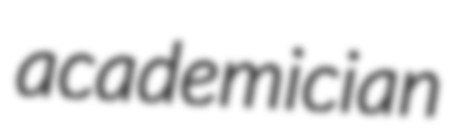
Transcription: academician